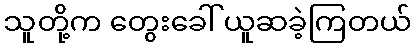
သူတို့က တွေးခေါ် ယူဆခဲ့ကြတယ်